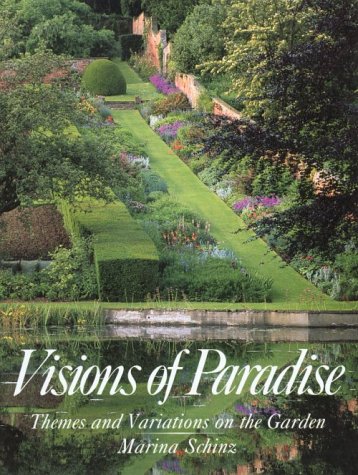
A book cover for Visions of Paradise; Marina Schinz; Crafts, Hobbies & Home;